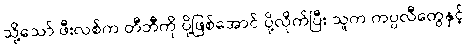
သို့သော် ဖီးလစ်က တီဘီကို ပို့ဖြစ်အောင် ပို့လိုက်ပြီး သူက ကပ္ပလီတွေနှင့်